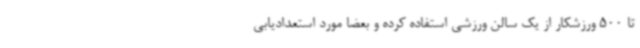
تا 500 ورزشکار از یک سالن ورزشی استفاده کرده و بعضا مورد استعدادیابی